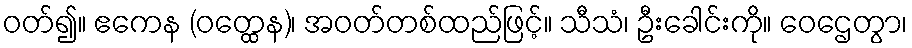
ဝတ်၍။ ဧကေန (ဝတ္ထေန)၊ အဝတ်တစ်ထည်ဖြင့်။ သီသံ၊ ဦးခေါင်းကို။ ဝေဌေတွာ၊